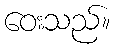
ဝေးသည်။